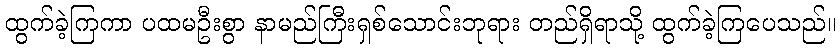
ထွက်ခဲ့ကြကာ ပထမဦးစွာ နာမည်ကြီးရှစ်သောင်းဘုရား တည်ရှိရာသို့ ထွက်ခဲ့ကြပေသည်။